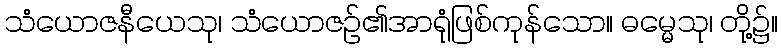
သံယောဇနီယေသု၊ သံယောဇဉ်၏အာရုံဖြစ်ကုန်သော။ ဓမ္မေသု၊ တို့၌။